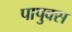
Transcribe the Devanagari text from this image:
पापुक्स